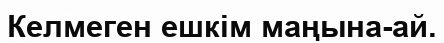
Келмеген ешкім маңына-ай.